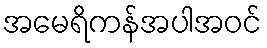
အမေရိကန်အပါအဝင်